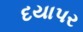
દયાપર